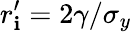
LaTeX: r_{\mathbf{i}}^{\prime}=2\gamma/\sigma_{y}